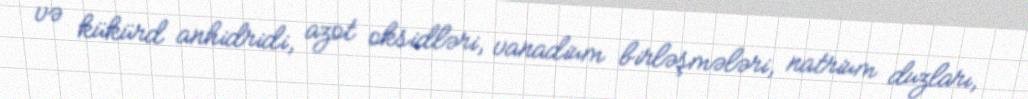
və kükürd anhidridi, azot oksidləri, vanadium birləşmələri, natrium duzları,